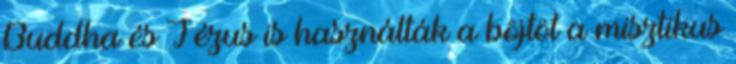
Buddha és Jézus is használták a böjtöt a misztikus